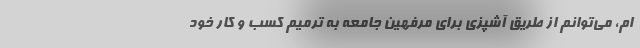
ام، می‌توانم از طریق آشپزی برای مرفهین جامعه به ترمیم کسب و کار خود